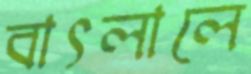
বাৎলালে